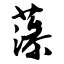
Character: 藻